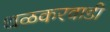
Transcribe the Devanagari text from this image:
थळकरवाडी